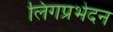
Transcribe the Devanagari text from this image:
लिंगप्रभेदन